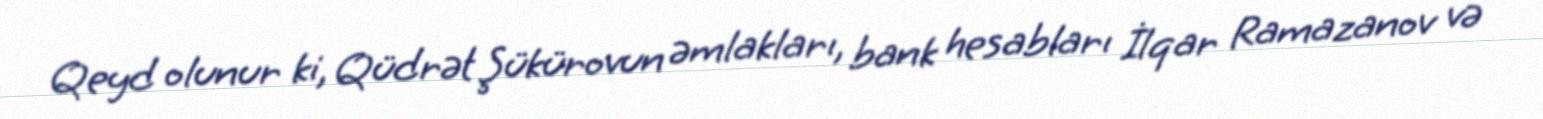
Qeyd olunur ki, Qüdrət Şükürovun əmlakları, bank hesabları İlqar Ramazanov və